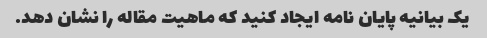
یک بیانیه پایان نامه ایجاد کنید که ماهیت مقاله را نشان دهد.